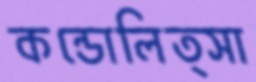
কন্ডোলিত্সা